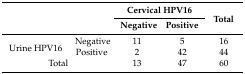
| <ROWSPAN=2-COLSPAN=2>  | <COLSPAN=2> Cervical HPV16 | <ROWSPAN=2> Total |
 | Negative | Positive |
 | --- | --- | --- | --- | --- |
 | <ROWSPAN=2> Urine HPV16 | Negative | 11 | 5 | 16 |
 | Positive | 2 | 42 | 44 |
 | <COLSPAN=2> Total | 13 | 47 | 60 |